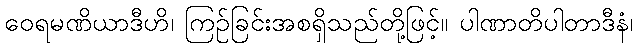
ဝေရမဏိယာဒီဟိ၊ ကြဉ်ခြင်းအစရှိသည်တို့ဖြင့်။ ပါဏာတိပါတာဒီနံ၊